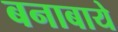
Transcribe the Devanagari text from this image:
बनाबाये